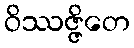
ဝိဿဇ္ဇိတေ